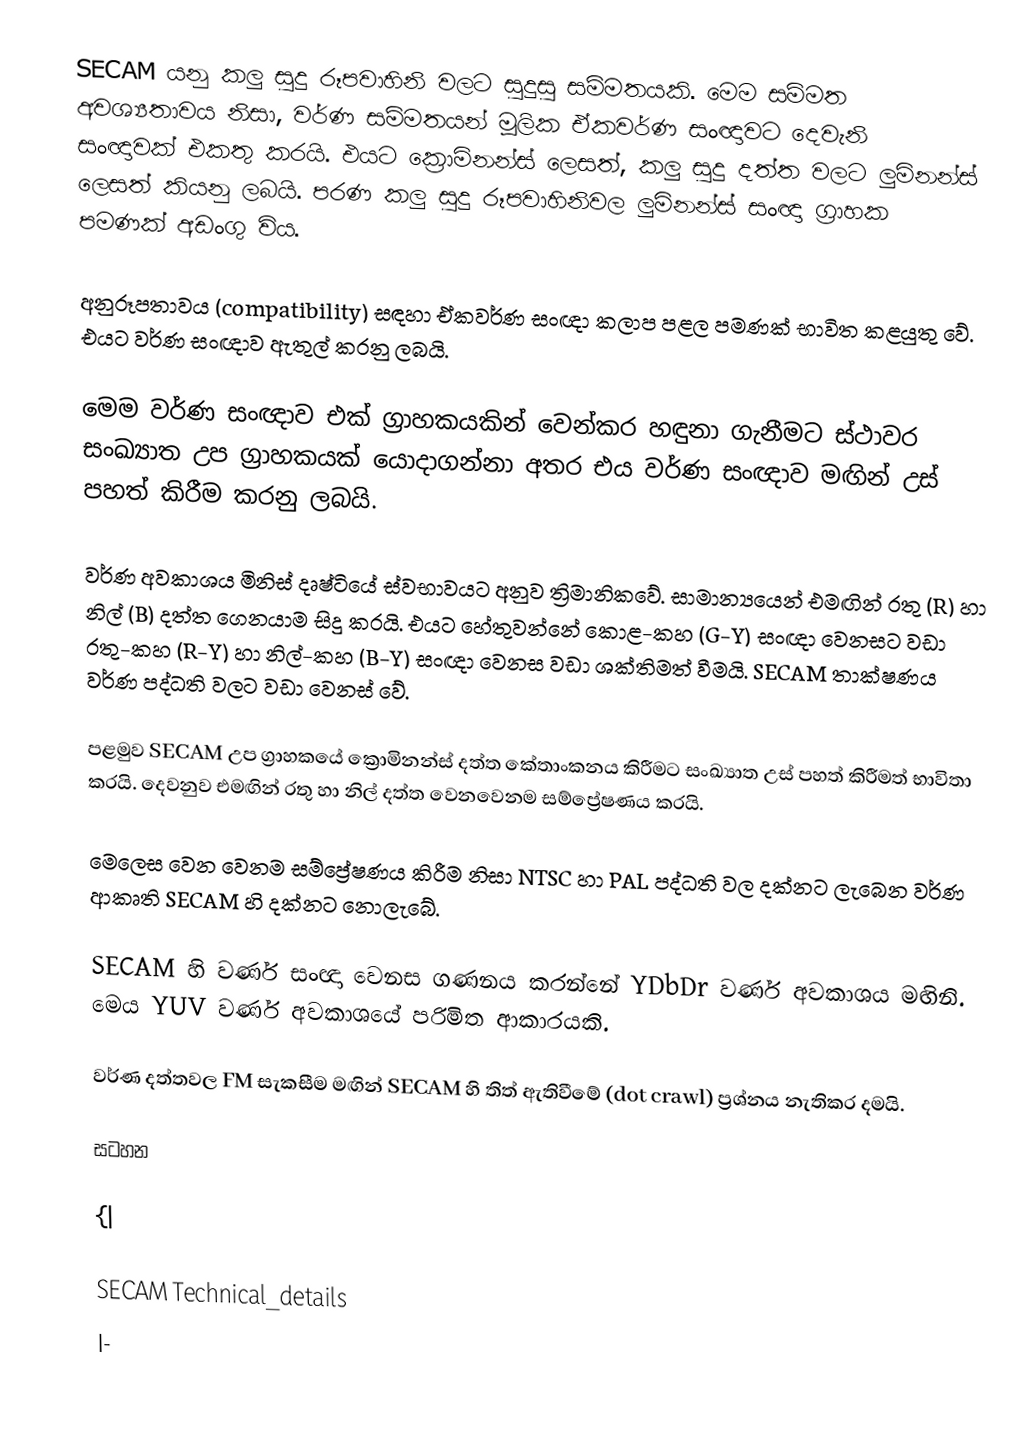
SECAM යනු කලු සුදු රූපවාහිනි වලට සුදුසු සම්මතයකි. මෙම සම්මත අවශ්‍යතාවය නිසා, වර්ණ සම්මතයන් මූලික ඒකවර්ණ සංඥාවට දෙවැනි සංඥාවක් එකතු කරයි. එයට ක්‍රොමිනන්ස් ලෙසත්, කලු සුදු දත්ත වලට ලුමිනන්ස් ලෙසත් කියනු ලබයි. පරණ කලු සුදු රූපවාහිනිවල ලුමිනන්ස් සංඥා ග්‍රාහක පමණක් අඩංගු විය.

අනුරූපතාවය (compatibility) සඳහා ඒකවර්ණ සංඥා කලාප පළල පමණක් භාවිත කළයුතු වේ. එයට වර්ණ සංඥාව ඇතුල් කරනු ලබයි.

මෙම වර්ණ සංඥාව එක් ග්‍රාහකයකින් වෙන්කර හඳුනා ගැනීමට ස්ථාවර සංඛ්‍යාත උප  ග්‍රාහකයක් යොදාගන්නා අතර එය වර්ණ සංඥාව මඟින් උස් පහත් කිරීම කරනු ලබයි.

වර්ණ අවකාශය මිනිස් දෘෂ්ටියේ ස්වභාවයට අනුව ත්‍රිමානිකවේ. සාමාන්‍යයෙන් එමඟින් රතු (R) හා නිල් (B) දත්ත ගෙනයාම සිදු කරයි. එයට හේතුවන්නේ කොළ-කහ (G-Y) සංඥා වෙනසට වඩා රතු-කහ (R-Y) හා නිල්-කහ (B-Y) සංඥා වෙනස වඩා ශක්තිමත් වීමයි. SECAM තාක්ෂණය වර්ණ පද්ධති වලට වඩා වෙනස් වේ.

පළමුව SECAM උප ග්‍රාහකයේ ක්‍රොමිනන්ස් දත්ත කේතාංකනය කිරීමට සංඛ්‍යාත උස් පහත් කිරීමත් භාවිතා කරයි. දෙවනුව එමඟින් රතු හා නිල් දත්ත වෙනවෙනම සම්ප්‍රේෂණය කරයි.

මෙලෙස වෙන වෙනම සම්ප්‍රේෂණය කිරීම නිසා NTSC හා PAL පද්ධති වල දක්නට ලැබෙන වර්ණ ආකෘති SECAM හි දක්නට නොලැබේ.

SECAM හි වර්ණ සංඥා වෙනස ගණනය කරන්නේ YDbDr වර්ණ අවකාශය මඟිනි. මෙය YUV වර්ණ අවකාශයේ පරිමිත ආකාරයකි.

වර්ණ දත්තවල FM සැකසීම මඟින් SECAM හි තිත් ඇතිවීමේ (dot crawl) ප්‍රශ්නය නැතිකර දමයි.

සටහන

{|

SECAM Technical_details
|-